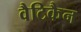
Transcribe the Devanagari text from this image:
वैटिकैन